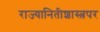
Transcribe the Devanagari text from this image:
राज्यानितीशास्त्रपर